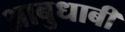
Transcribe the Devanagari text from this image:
आबुधाबी